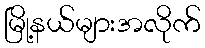
မြို့နယ်များအလိုက်